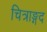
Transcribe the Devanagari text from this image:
चित्राङ्गद